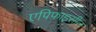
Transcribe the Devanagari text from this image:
एपिफाइसील